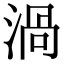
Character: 渦